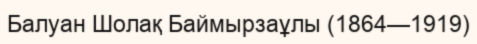
Балуан Шолақ Баймырзаұлы (1864—1919)